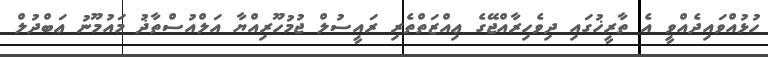
ހުޅުއްވައިދެއްވީ އެ ތާރީޚުގައި ދިވެހިރާއްޖޭގެ ޢިއްޒަތްތެރި ރައީސުލް ޖުމުހޫރިއްޔާ އަލްއުސްތާޛު މައުމޫނު ޢަބްދުލް